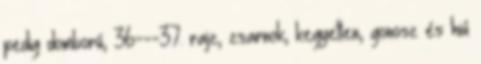
pedig domború, 36---37. rajz, zsarnok, kegyetlen, gonosz és hiú